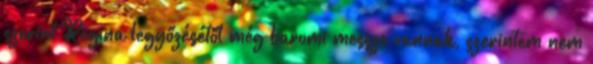
szerint Regina legyőzésétől még baromi messze vannak, szerintem nem